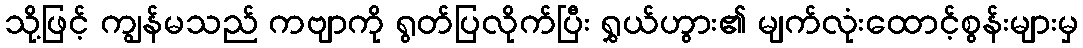
သို့ဖြင့် ကျွန်မသည် ကဗျာကို ရွတ်ပြလိုက်ပြီး ရွှယ်ဟွား၏ မျက်လုံးထောင့်စွန်းများမှ